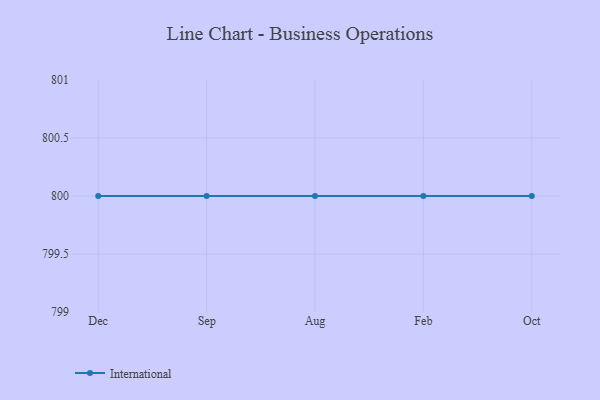
{"axis": {"x": "Month", "y": "Backlog"}, "legend": ["International"], "data": [{"x": "Dec", "y": 800, "type": "International"}, {"x": "Sep", "y": 800, "type": "International"}, {"x": "Aug", "y": 800, "type": "International"}, {"x": "Feb", "y": 800, "type": "International"}, {"x": "Oct", "y": 800, "type": "International"}]}